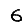
Digit: 6